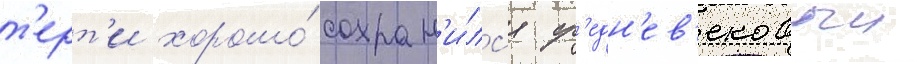
т'ерт'и хорошо́ сохран'и́лс'я ср'едн'ев'ековыи